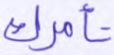
تأمرك